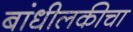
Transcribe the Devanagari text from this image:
बांधीलकीचा